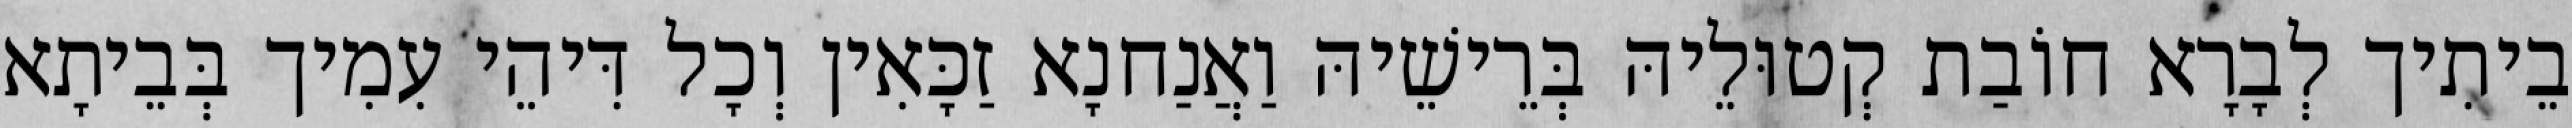
בֵיתִיך לְבָרָא חוֹבַת קְטוּלֵיהּ בְּרֵישֵׁיהּ וַאֲנַחנָא זַכָּאִין וְכָל דִּיהֵי עִמִיך בְּבֵיתָא